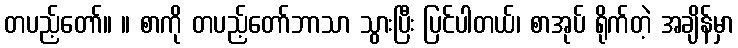
တပည့်တော်။ ။ စာကို တပည့်တော်ဘာသာ သွားပြီး ပြင်ပါတယ်၊ စာအုပ် ရိုက်တဲ့ အချိန်မှာ